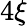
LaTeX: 4\xi